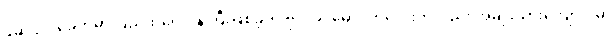
ဖဆပလခေတ်မှာ ပြည်ထဲရေးဝန်ကြီးဖြစ်ခဲ့တဲ့ ဗိုလ်ခင်မောင်ကလေးကလည်း အမျိုးသားကျောင်းမှာ